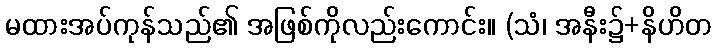
မထားအပ်ကုန်သည်၏ အဖြစ်ကိုလည်းကောင်း။ (သံ၊ အနီး၌+နိဟိတ